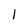
Character: 1